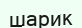
шарик